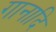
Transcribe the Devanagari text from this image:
गानादि